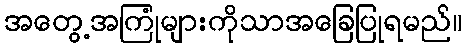
အတွေ့အကြုံများကိုသာအခြေပြုရမည်။